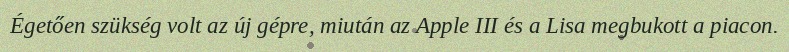
Égetően szükség volt az új gépre, miután az Apple III és a Lisa megbukott a piacon.